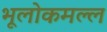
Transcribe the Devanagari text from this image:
भूलोकमल्ल